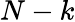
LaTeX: N-k